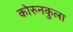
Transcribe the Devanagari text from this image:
कोरुनकुला